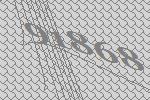
91868